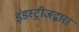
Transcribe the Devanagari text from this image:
इंडस्ट्रीजद्वारा